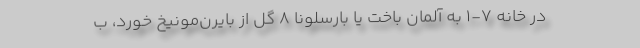
در خانه 7-1 به آلمان باخت یا بارسلونا 8 گل از بایرن‌مونیخ خورد، ب